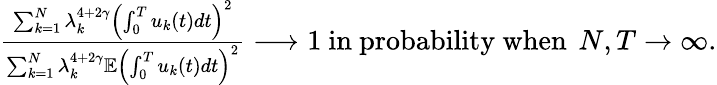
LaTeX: \begin{array}{r}{\frac{\sum_{k=1}^{N}\lambda_{k}^{4+2\gamma}\left(\int_{0}^{T}u_{k}(t)dt\right)^{2}}{\sum_{k=1}^{N}\lambda_{k}^{4+2\gamma}\mathbb E\left(\int_{0}^{T}u_{k}(t)dt\right)^{2}}\longrightarrow 1\mathrm{~in~probability~when~}\, N,T\rightarrow\infty.}\end{array}